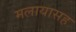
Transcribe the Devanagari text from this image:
मलायासह